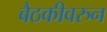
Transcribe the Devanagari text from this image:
बैठकीवरुन